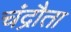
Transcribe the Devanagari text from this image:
चंद्रौता